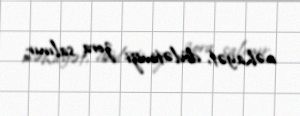
nəhayət, dövlətimizi zora salınır.